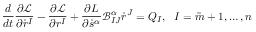
\frac { d } { d t } \frac { \partial \mathcal { L } } { \partial \dot { r } ^ { I } } - \frac { \partial \mathcal { L } } { \partial r ^ { I } } + \frac { \partial L } { \partial \dot { s } ^ { \alpha } } \mathcal { B } _ { I J } ^ { \alpha } \dot { r } ^ { J } = Q _ { I } , \ \ I = \bar { m } + 1 , \ldots , n